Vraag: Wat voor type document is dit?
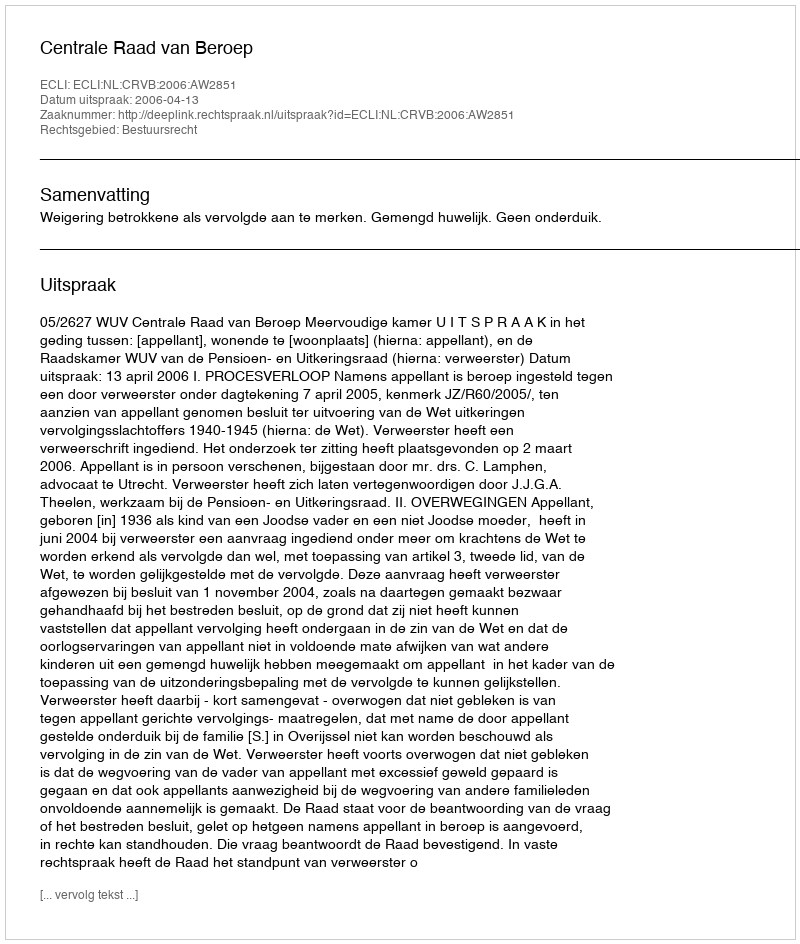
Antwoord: Uitspraak